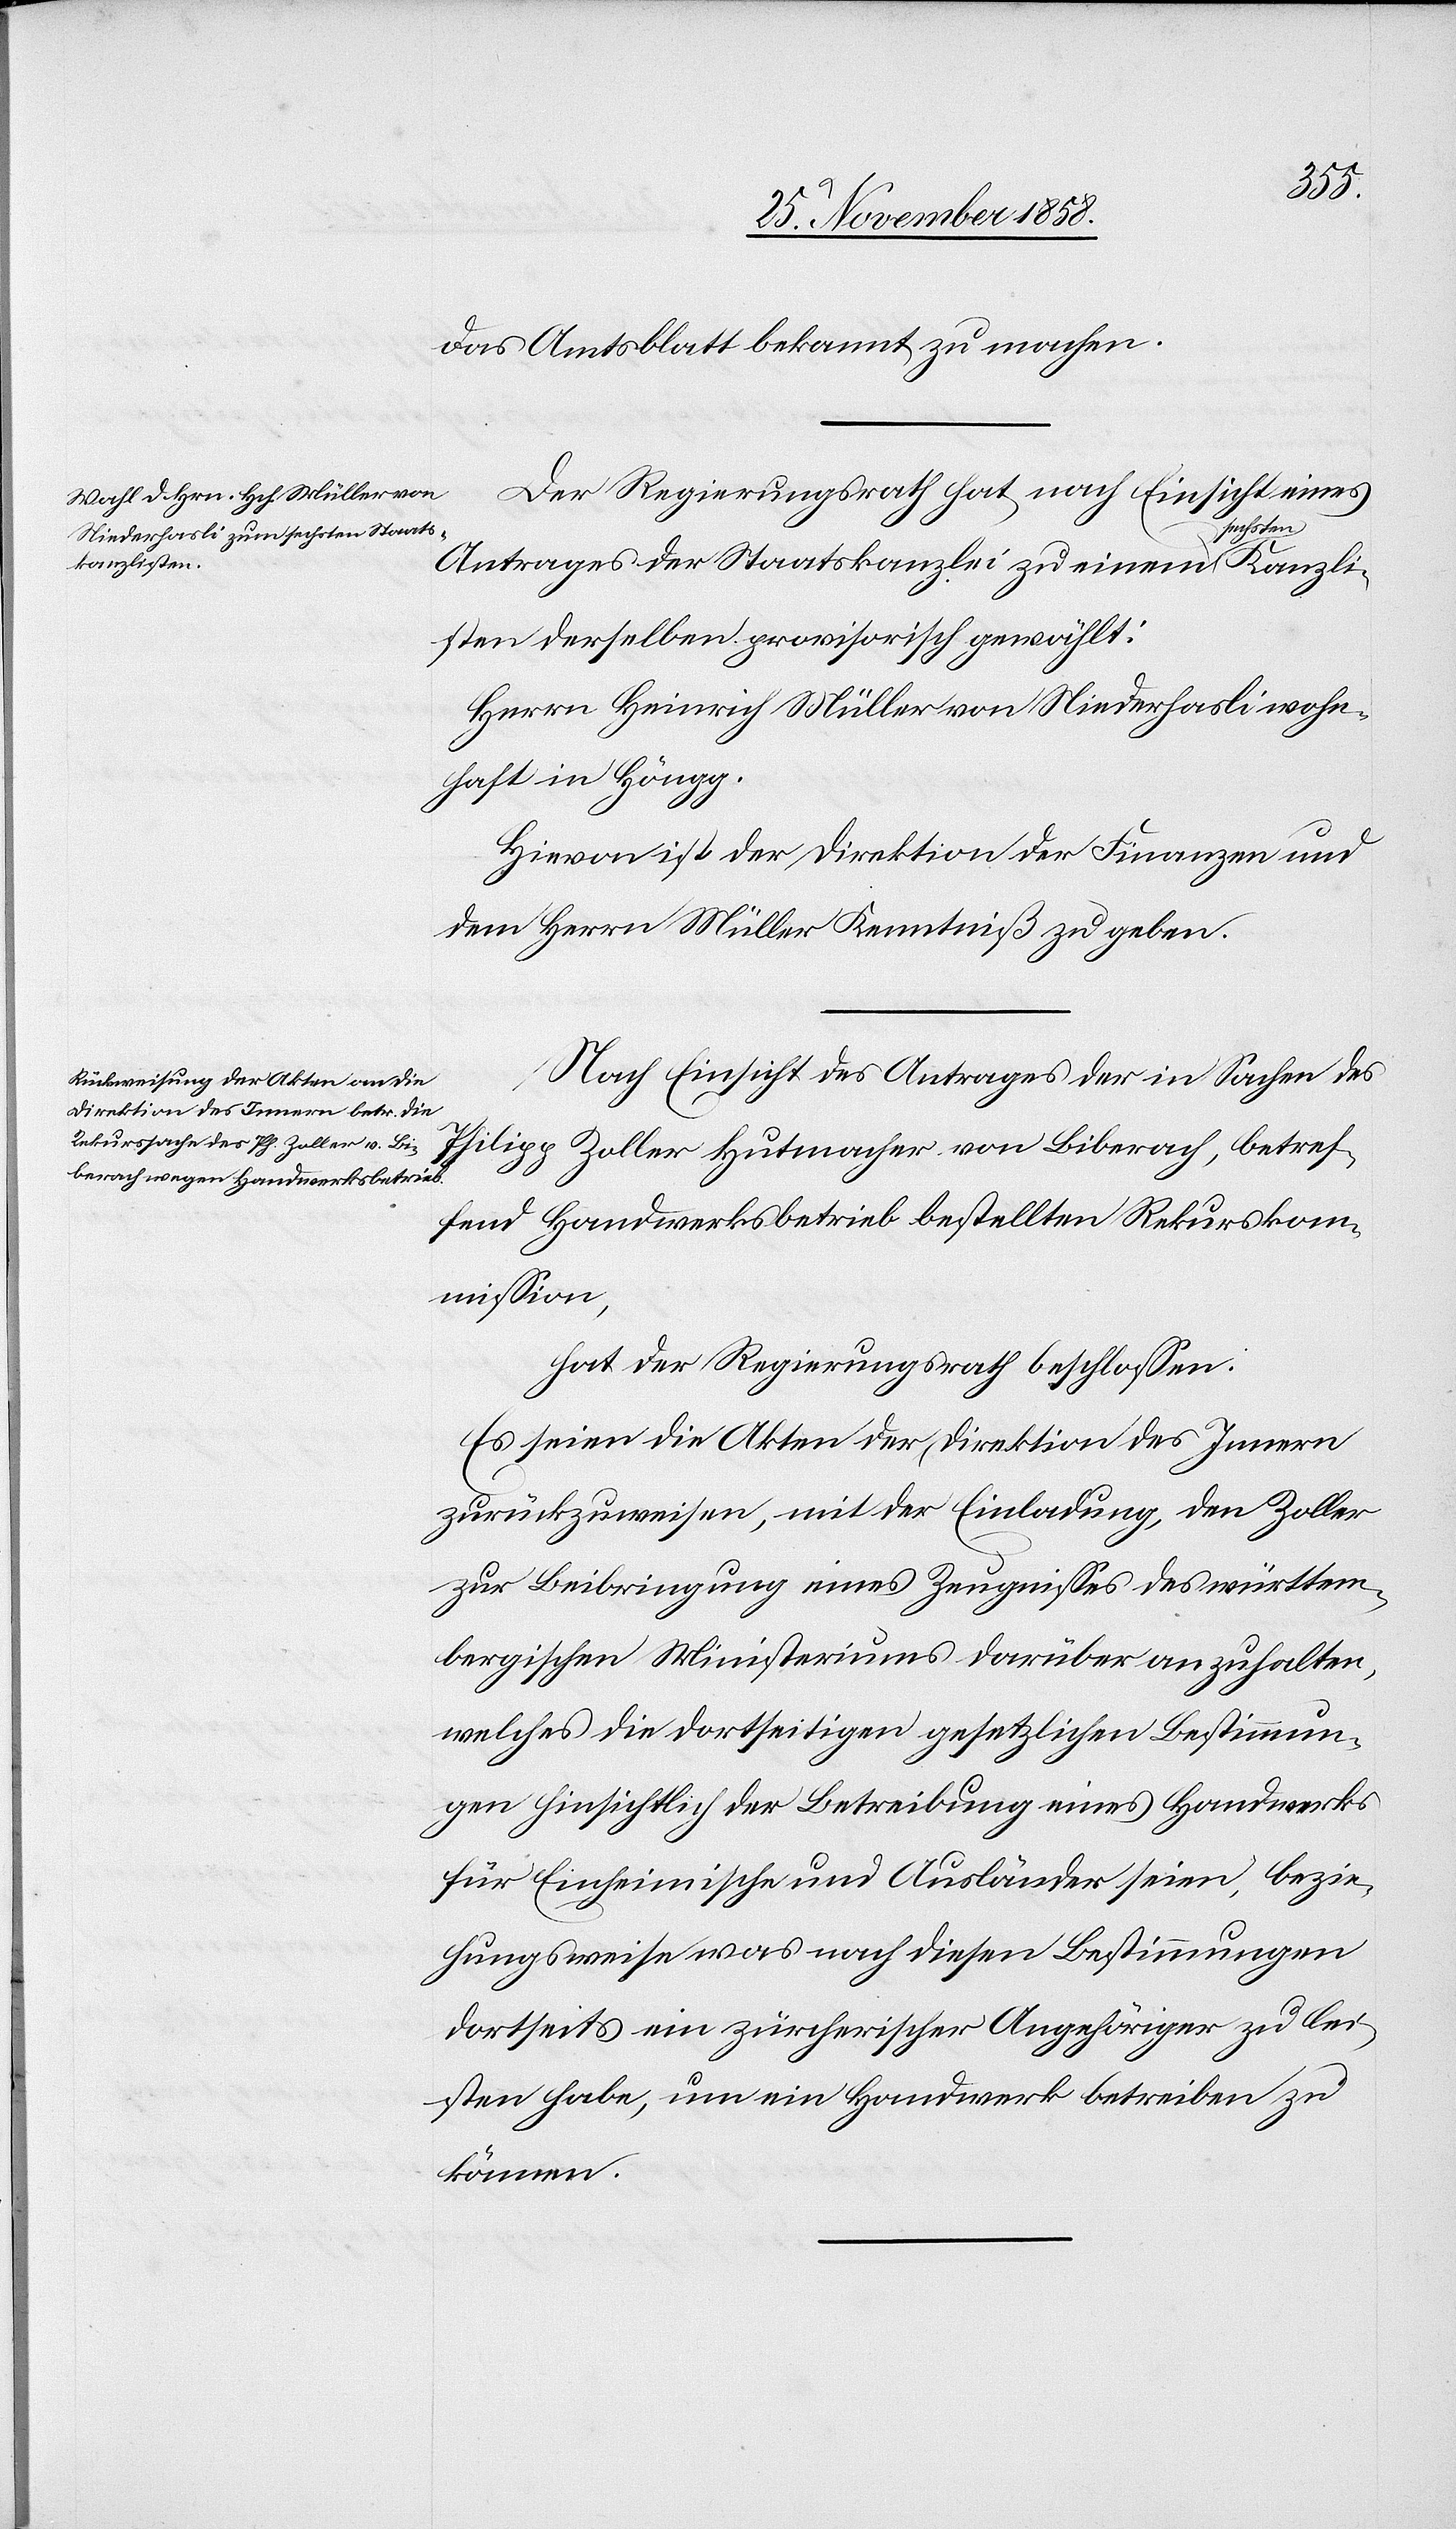
Kanzli¬
das Amtsblatt bekannt zu machen.
Der Regierungsrath hat, nach Einsicht eines
echsten
Antrages der Staatskanzlei zu einem s¬
sten derselben provisorisch gewählt:
Herrn Heinrich Müller von Niederhasli wohn¬
haft in Höngg.
Hievon ist der Direktion der Finanzen und
dem Herrn Müller Kenntniß zu geben.
Nach Einsicht des Antrages der in Sachen des
Philipp Zoller Hutmacher von Biberach, betref¬
fend Handwerksbetrieb bestellten Rekurskom¬
mission,
hat der Regierungsrath beschlossen:
Es seien die Akten der Direktion des Innern
zurückzuweisen, mit der Einladung, den Zoller
zur Beibringung eines Zeugnisses des württem¬
bergischen Ministeriums darüber anzuhalten,
welches die dortseitigen gesetzlichen Bestimmun¬
gen hinsichtlich der Betreibung eines Handwerks
für Einheimische und Ausländer seien, bezie¬
hungsweise was nach diesen Bestimmungen
dortseits ein zürcherischer Angehöriger zu lei¬
sten habe, um ein Handwerk betreiben zu
können.